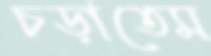
চড়াতেম